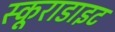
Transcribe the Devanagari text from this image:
स्कूराडाइट